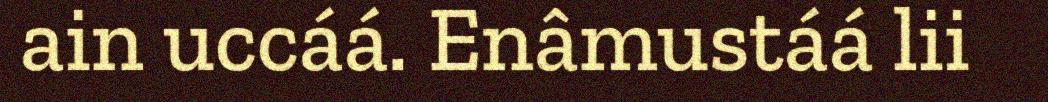
ain uccáá. Enâmustáá lii